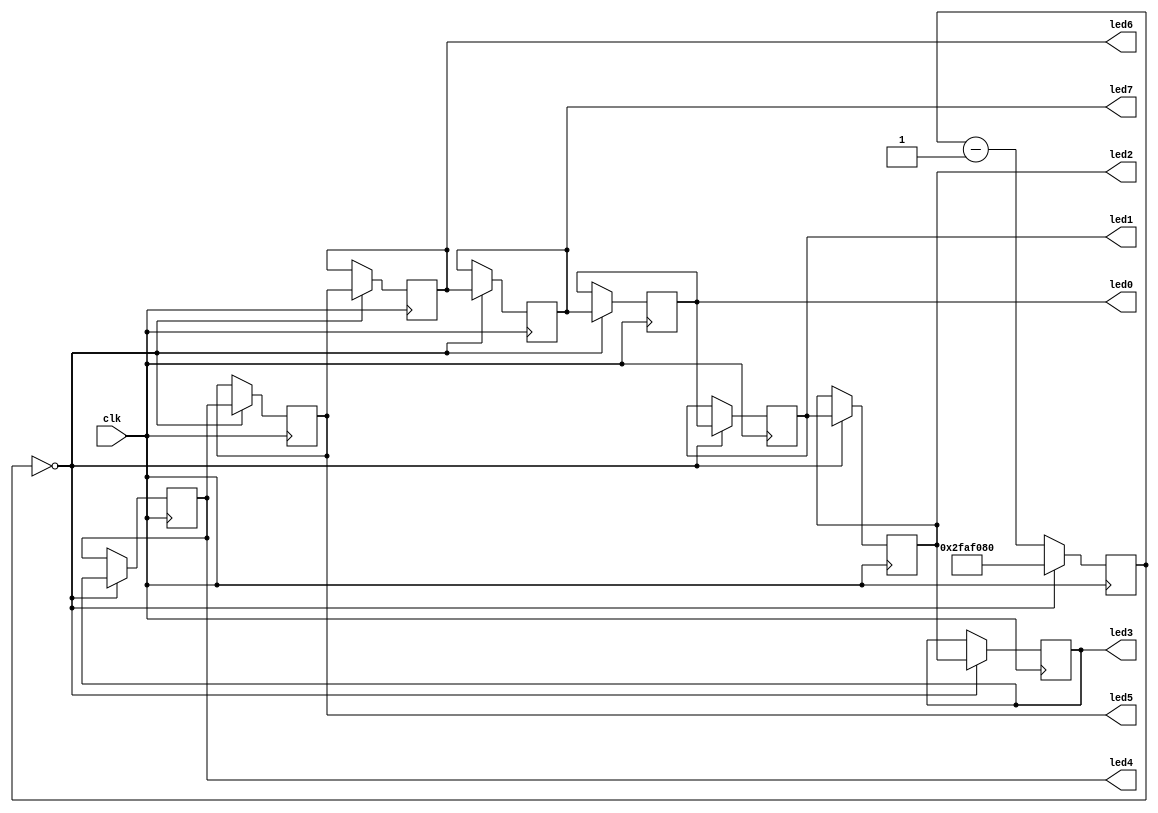
`timescale 1ns / 1ps
//////////////////////////////////////////////////////////////////////////////////
// Company: 
// Engineer: 
// 
// Design Name: 
// Module Name:    dance 
// Project Name: 
// Target Devices: 
// Tool versions: 
// Description: 
//
// Dependencies: 
//
// Revision: 
// Revision 0.01 - File Created
// Additional Comments: Authored by Mainak Chaudhuri
//
//////////////////////////////////////////////////////////////////////////////////
module dance(
   	clk,
	led0,
	led1,
	led2,
	led3,
	led4,
	led5,
	led6,
	led7
    );
	 
	 input clk;
	 
	 output led0;
	 reg led0 = 1;
	 output led1;
	 reg led1 = 0;
	 output led2;
	 reg led2 = 0;
	 output led3;
	 reg led3 = 0;
	 output led4;
	 reg led4 = 0;
	 output led5;
	 reg led5 = 0;
	 output led6;
	 reg led6 = 0;
	 output led7;
	 reg led7 = 0;
	 
	 reg[27:0] counter = 50_000_000;
	 
	 always @(posedge clk)
	    if (counter == 0) begin
		    counter <= 50_000_000;
		    led1 <= led0;
		    led2 <= led1;
		    led3 <= led2;
		    led4 <= led3;
		    led5 <= led4;
		    led6 <= led5;
		    led7 <= led6;
		    led0 <= led7;
	    end
	    else begin
		    counter <= counter - 1;
	    end

endmodule